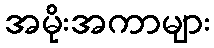
အမိုးအကာများ